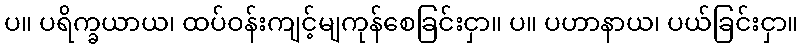
ပ။ ပရိက္ခယာယ၊ ထပ်ဝန်းကျင့်မျကုန်စေခြင်းငှာ။ ပ။ ပဟာနာယ၊ ပယ်ခြင်းငှာ။